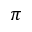
\pi